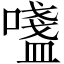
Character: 𫫷